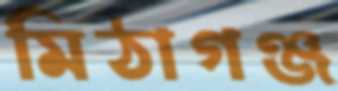
মিঠাগঞ্জ